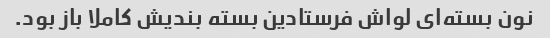
نون بسته‌ای لواش فرستادین بسته بندیش کاملا باز بود.